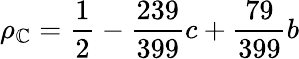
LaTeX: \rho_{\mathbb{C}}=\frac{{1}}{{2}}-\frac{{239}}{{399}}c+\frac{{79}}{{399}}b